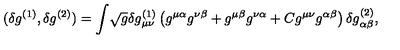
( \delta g ^ { ( 1 ) } , \delta g ^ { ( 2 ) } ) = \int \! \sqrt { g } \delta g _ { \mu \nu } ^ { ( 1 ) } \left( g ^ { \mu \alpha } g ^ { \nu \beta } + g ^ { \mu \beta } g ^ { \nu \alpha } + C g ^ { \mu \nu } g ^ { \alpha \beta } \right) \delta g _ { \alpha \beta } ^ { ( 2 ) } ,